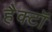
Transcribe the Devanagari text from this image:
हैक्टॉ